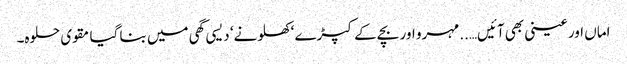
اماں اور عینی بھی آئیں…..مہرو اور بچے کے کپڑے ‘ کھلونے‘ دیسی گھی میں بنا گیا مقوی حلوہ۔